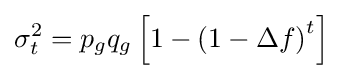
\sigma _{t}^{2}=p_{g}q_{g}\left[1-\left(1-\Delta f\right)^{t}\right]